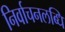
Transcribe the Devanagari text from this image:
निर्वाचनलब्धि